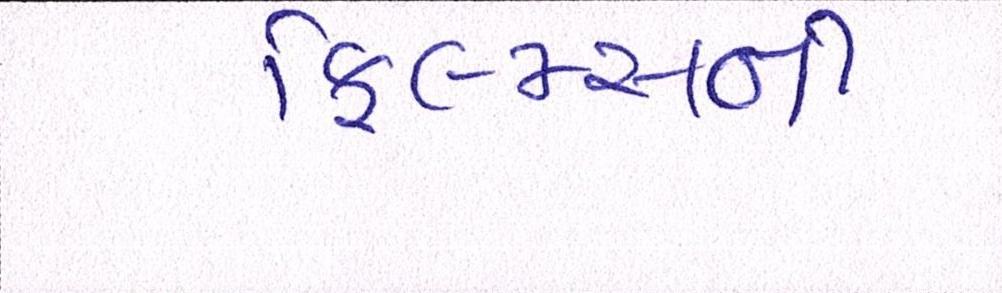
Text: ફિલ્મ્સની